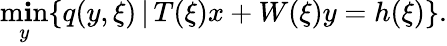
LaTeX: \operatorname*{m\mathbf{i}n}_{y}\{ q(y,\xi)\, |\, T(\xi)x+W(\xi)y=h(\xi)\} .